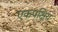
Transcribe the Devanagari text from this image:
एकपक्षिय